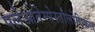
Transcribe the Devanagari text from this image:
पलेओतेम्पेस्तोलोगिकल